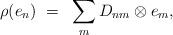
LaTeX: \begin{align*}\rho(e_n) ~=~ \sum _m D_{nm} \otimes e_m,\end{align*}